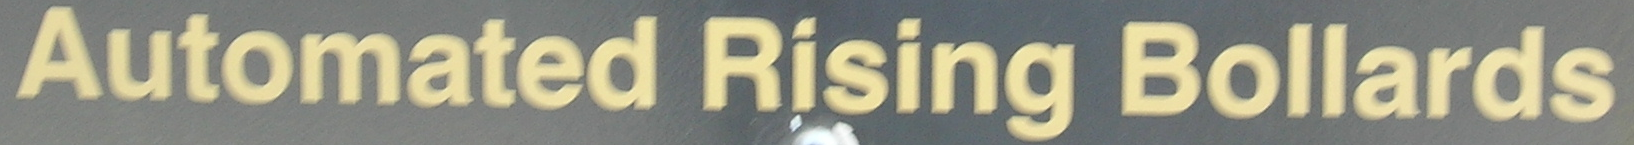
Automated Rising Bollards